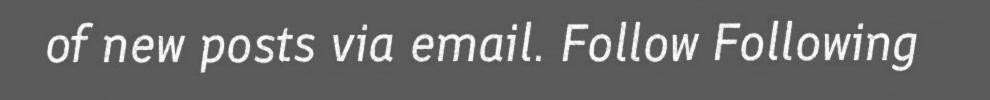
of new posts via email. Follow Following